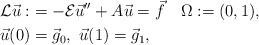
\begin{align*}{\cal L}\vec{u}:&= -{\cal E}\vec{u}'' + A\vec{u}= \vec{f}\quad\Omega:=(0,1),\\\vec{u}(0) &=\vec{g}_0,\ \vec{u}(1) =\vec{g}_1,\end{align*}